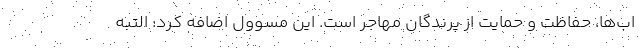
اب‌ها، حفاظت و حمایت از پرندگان مهاجر است. این مسوول اضافه کرد: التبه